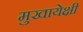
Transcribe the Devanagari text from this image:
मुखायेक्षी